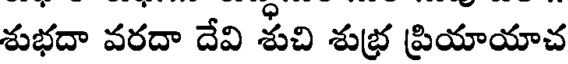
శుభదా వరదా దేవి శుచి శుభ్ర ప్రియాయాచ